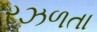
રઝળતા